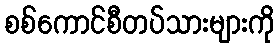
စစ်ကောင်စီတပ်သားများကို